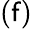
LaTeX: (\mathsf{f})